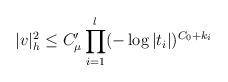
LaTeX: \begin{align*}|v|_h^2 \le C'_{\mu}\prod_{i=1}^l(-\log |t_i|)^{C_0+k_i}\end{align*}